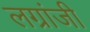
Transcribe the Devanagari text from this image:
लग्रांजी